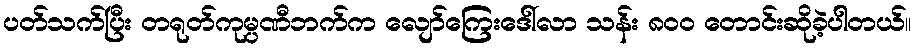
ပတ်သက်ပြီး တရုတ်ကုမ္ပဏီဘက်က လျော်ကြေးဒေါ်လာ သန်း ၈၀၀ တောင်းဆိုခဲ့ပါတယ်။